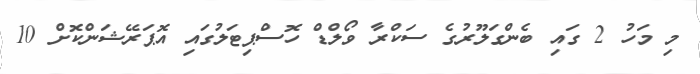
މި މަހު 2 ގައި ބެންގަލޫރުގެ ސަކްރާ ވޯލްޑް ހޮސްޕިޓަލުގައި އޮޕަރޭޝަންކޮށް 10